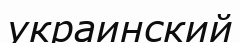
украинский